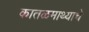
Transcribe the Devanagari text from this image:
कातळमाथ्याचे